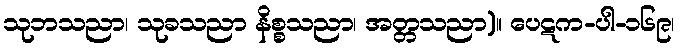
သုဘသညာ၊ သုခသညာ နိစ္စသညာ၊ အတ္တသညာ)။ ပေဋက-ပါ-၁၆၉၊